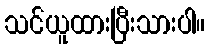
သင်ယူထားပြီးသားပါ။